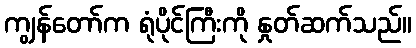
ကျွန်တော်က ရုံပိုင်ကြီးကို နှုတ်ဆက်သည်။